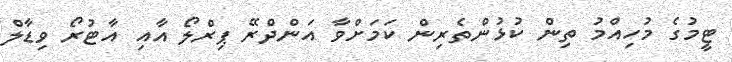
ޓީމުގެ މުހިއްމު ތިން ކުޅުންތެރިން ކަމަށްވާ އަންދްރޭ ޕިރްލޯ އާއި އާޓުރޯ ވިޑާލް